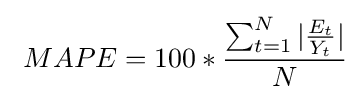
\ MAPE=100*{\frac {\sum _{t=1}^{N}|{\frac {E_{t}}{Y_{t}}}|}{N}}